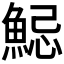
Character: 𩷱